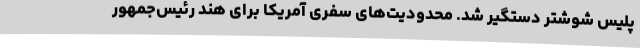
پلیس شوشتر دستگیر شد. محدودیت‌های سفری آمریکا برای هند رئیس‌جمهور